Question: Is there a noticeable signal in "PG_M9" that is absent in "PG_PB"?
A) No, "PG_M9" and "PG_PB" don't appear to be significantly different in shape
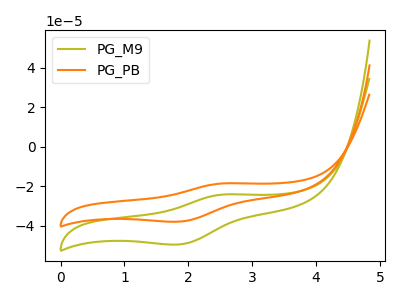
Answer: <think>The olive curve "PG_M9" has an anodic peak at (2.55V, -24.15uA) and a cathodic peak at (1.85V, -49.45uA). The orange curve "PG_PB" has an anodic peak at (2.55V, -18.50uA) and a cathodic peak at (1.85V, -37.90uA).
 All the peaks in "PG_M9" have a peak in "PG_PB" at the same potential.</think>
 <answer>A) No, "PG_M9" and "PG_PB" don't appear to be significantly different in shape</answer>
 <eval>A</eval>